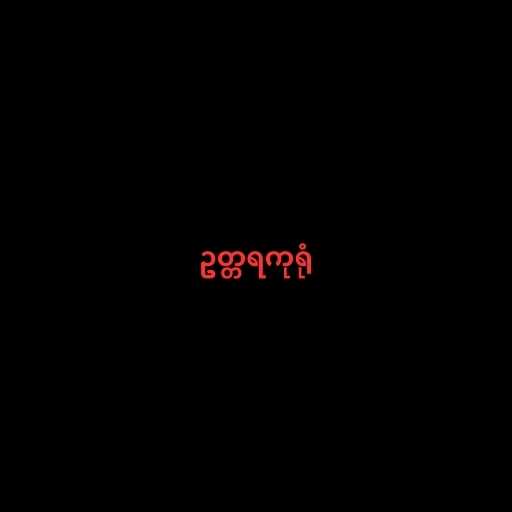
ဥတ္တရကုရုံ